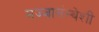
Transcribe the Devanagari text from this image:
मज्जासंस्थेशी